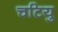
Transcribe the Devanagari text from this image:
चटियु